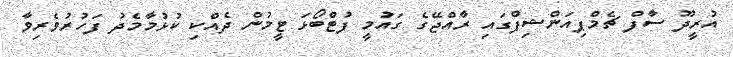
އުރީދޫ ސާފް ޗެމްޕިއަންޝިޕްގައި ރާއްޖޭގެ ގައުމީ ފުޓްބޯޅަ ޓީމުން ދެއްކި ކުޅުމާމެދު ފަހުރުވެރިވާ